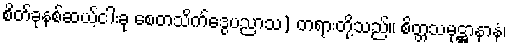
စိတ်ခုနစ်ဆယ့်ငါးခု စေတသိက်ဒွေပညာသ) တရားတို့သည်။ စိတ္တသမုဋ္ဌာနာနံ၊